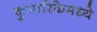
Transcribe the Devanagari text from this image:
कुमारिकेमध्ये